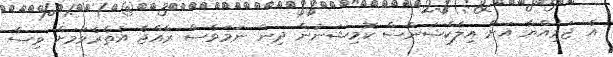
އެ ޖަމިއްޔާ އަށް އިލެކްޝަންސް ކޮމިޝަނުން ދިން ނަމަވެސް ރާއްޖެ އެތެރެވުމަށް ވިސާ